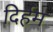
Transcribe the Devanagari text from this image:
दिर्हम